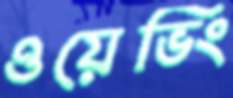
ওয়েভিং